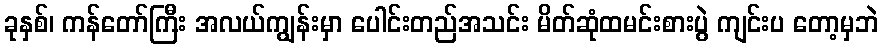
ခုနှစ်၊ ကန်တော်ကြီး အလယ်ကျွန်းမှာ ပေါင်းတည်အသင်း မိတ်ဆုံထမင်းစားပွဲ ကျင်းပ တော့မှဘဲ